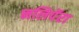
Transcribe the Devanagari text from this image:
नलिपॅरा